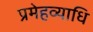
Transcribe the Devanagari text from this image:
प्रमेहव्याधि